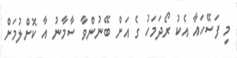
މި ފަސޭހައާ އެކު ރޯދަމަހު ގެ އަށް ބޭނުންވާ ސާމާނު އާ ކޮށްލުމަށް